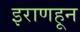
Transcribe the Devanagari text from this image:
इराणहून